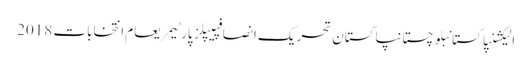
الیکشنپاکستانبلوچستانپاکستان تحریک انصافپیپلز پارٹیمریعام انتخابات 2018